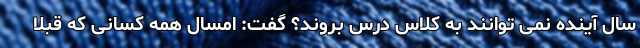
سال آینده نمی توانند به کلاس درس بروند؟ گفت: امسال همه کسانی که قبلا